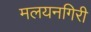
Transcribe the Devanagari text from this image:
मलयनगिरी